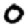
Digit: 0